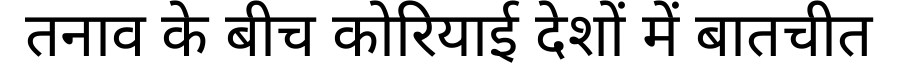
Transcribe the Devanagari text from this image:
तनाव के बीच कोरियाई देशों में बातचीत